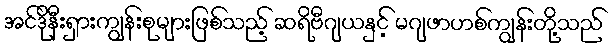
အင်ဒိုနီးရှားကျွန်းစုများဖြစ်သည့် ဆရိဗီဂျယနှင့် မဂျဖာဟစ်ကျွန်းတို့သည်